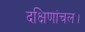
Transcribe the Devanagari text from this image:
दक्षिणांचल।